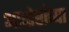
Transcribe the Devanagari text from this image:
आप्‍तेष्टांच्या